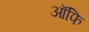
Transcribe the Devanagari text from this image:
ऑफि